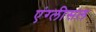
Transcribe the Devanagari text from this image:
एंग्लीसल